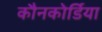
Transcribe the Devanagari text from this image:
कौनकोर्डिया